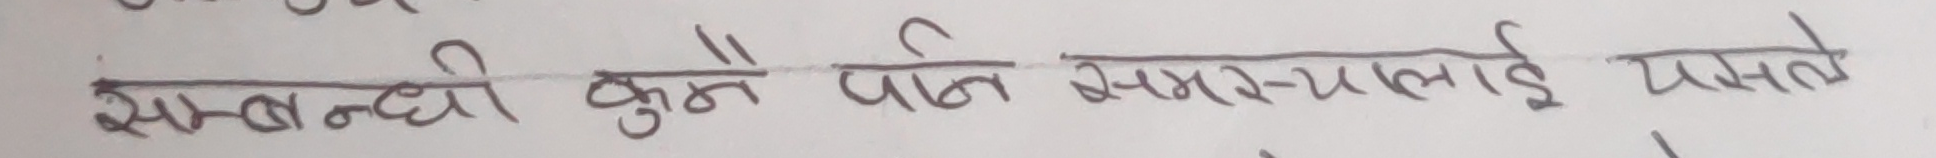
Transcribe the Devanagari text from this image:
सम्बन्धी कुनै पनि समस्यालाई यस्ता